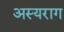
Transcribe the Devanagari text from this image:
अस्यराग